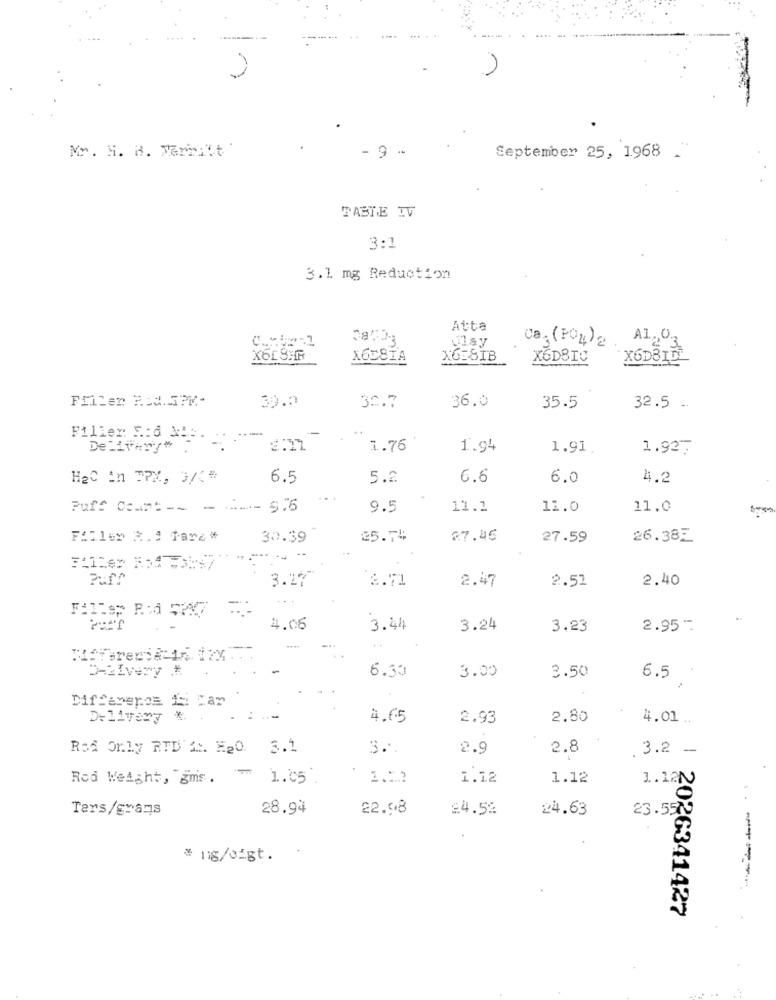
Mr. H. H. Merritt'
- 9 -
September 25, 1968 .
TABTE IV
3:1
3.1 mg Reduction
Atta
ulay
Ca. (PO4)2
Al ., O3
X6CSIA
X6ESIB
X6DBIC
X6DBIDE
Frilen Med. 3PK ..
39.0
36.0
30.7
35.5
32.5 -
..
Filler: F .: 6 3.5 .
Delivery"
1.76
1.94
1.91
1.927
H2C in TPM, 3/{*
6.5
5.2
6.6
6.0
4.2
Puff C :--- - ----- $.6
9.5
11.2
11.0
11.0
-
Filler R. ! fare*
30.39
25.74
27.46
27.59
26.38E
3.27-
2.71
2.47
2.51
2.40
4.06
3.44
3.24
3.23
2.95
6.30
D-žívery *
3.00
3.50
6.5
DifSeveros ii Lar
Delivery
4.65
2.93
2.80
4.01 ..
Rod Only RVD AN H20. 3.1
3 ..
2.9
2.8
.3.2 -
Rod Weight, "gms. ™
1.05 .
1.12
1.12
1.12
Ters/grans
28.94
22.98
£4.59
24.63
23.557
# ng/sigt.
2026341427